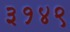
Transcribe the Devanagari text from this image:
३१४९